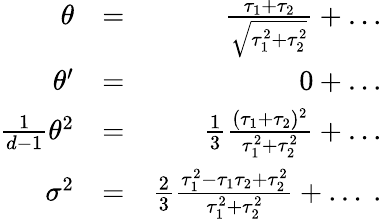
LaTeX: \begin{array}{rlr}{\theta}&{=}&{\frac{\tau_{1}+\tau_{2}}{\sqrt{\tau_{1}^{2}+\tau_{2}^{2}}}+\ldots}\\ {\theta^{\prime}}&{=}&{0+\ldots}\\ {\frac{1}{d-1}\theta^{2}}&{=}&{\frac{1}{3}\frac{(\tau_{1}+\tau_{2})^{2}}{{\tau_{1}^{2}+\tau_{2}^{2}}}+\ldots}\\ {\sigma^{2}}&{=}&{\frac{2}{3}\frac{\tau_{1}^{2}-\tau_{1}\tau_{2}+\tau_{2}^{2}}{\tau_{1}^{2}+\tau_{2}^{2}}+\ldots\ .}\end{array}